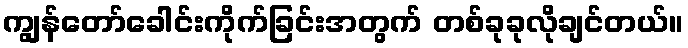
ကျွန်တော်ခေါင်းကိုက်ခြင်းအတွက် တစ်ခုခုလိုချင်တယ်။